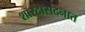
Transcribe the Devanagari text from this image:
शारदासदनात